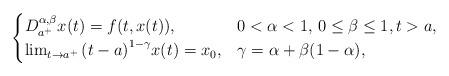
LaTeX: \begin{align*}\begin{cases}D_{a^+}^{\alpha,\beta}x(t)=f(t,x(t)),&0<\alpha<1,\, 0\leq\beta\leq1,t>{a},\\\lim_{t\to{a^{+}}}{(t-a)}^{1-\gamma}x(t)=x_0,&\gamma=\alpha+\beta(1-\alpha),\end{cases}\end{align*}